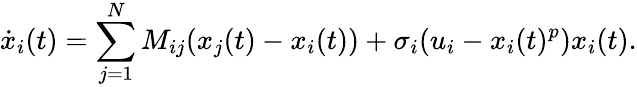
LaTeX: \dot{x}_{i}(t)=\sum_{j=1}^{N}M_{ij}(x_{j}(t)-x_{i}(t))+\sigma_{i}(u_{i}-x_{i}(t)^{p})x_{i}(t).